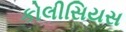
કોલીસિયસ